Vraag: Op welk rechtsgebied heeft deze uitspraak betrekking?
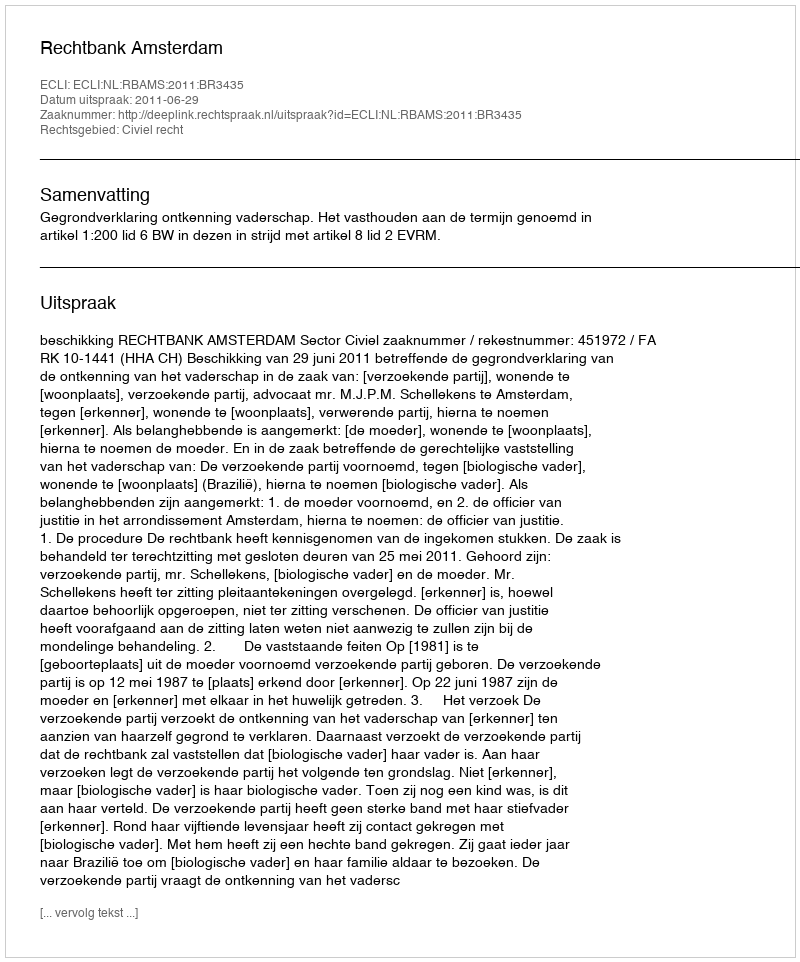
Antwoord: Civiel recht